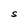
Character: S